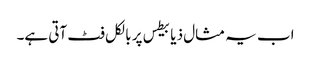
اب یہ مثال ذیابیطس پر بالکل فٹ آتی ہے۔